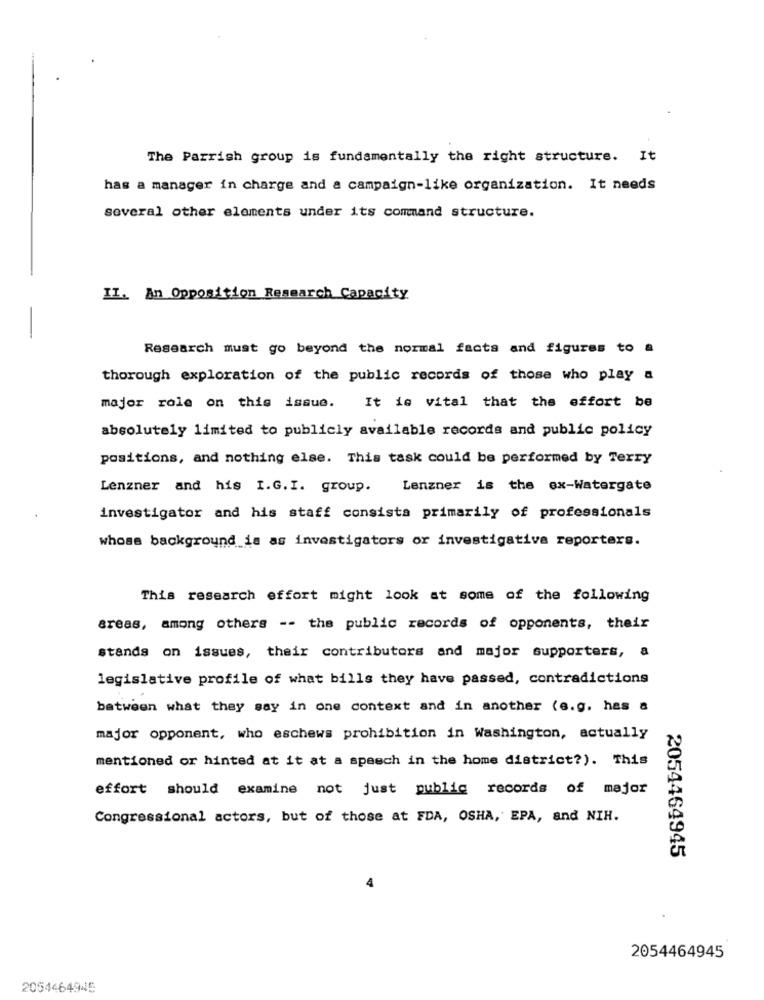
The Parrish group is fundamentally the right structure. It
has a manager in charge and a campaign-like organization. It needs
several other elements under its command structure.
II. An Opposition Research Capacity
Research must go beyond the normal facts and figures to a
thorough exploration of the public records of those who play a
major role on this issue. It is vital that the effort be
absolutely limited to publicly available records and public policy
positions, and nothing else. This task could be performed by Terry
Lenzner and his I.G. I. group.
Lenzner is the ex-Watergate
investigator and his staff consista primarily of professionals
whose background is as investigators or investigative reporters.
This research effort might look at some of the following
areas, among others -- the public records of opponents, their
stands on issues, their contributors and major supporters, a
legislative profile of what bills they have passed, contradictions
between what they say in one context and in another (e.g. has a
major opponent, who eschews prohibition in Washington, actually
mentioned or hinted at it at a speech in the home district?). This
effort should examine not just public records of major
Congressional actors, but of those at FDA, OSHA, EPA, and NIH.
2054464945
2054464945
2054464945